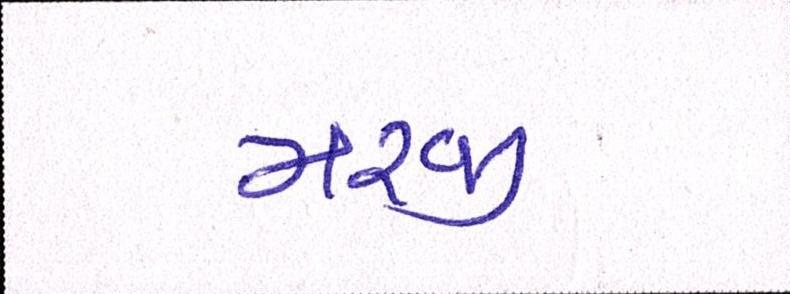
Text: મરજી